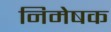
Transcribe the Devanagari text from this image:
निमेषक